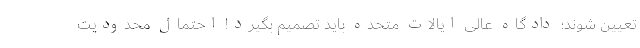
تعیین شوند؛ دادگاه عالی ایالات متحده باید تصمیم بگیرد! احتمال محدودیت‌